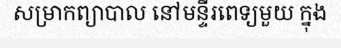
សម្រាកព្យាបាល នៅមន្ទីរពេទ្យមួយ ក្នុង